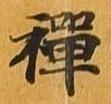
禅